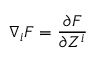
\nabla _ { i } F = { \frac { \partial F } { \partial Z ^ { i } } }